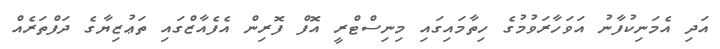
އަދި އެމަނިކުފާނު އަވަހާރަވުމުގެ ހިތާމައިގައި މިނިސްޓްރީ އޮފް ފޮރިން އެފެއާޒްގައި ތަޢުޒިޔާގެ ދަފްތަރެއް